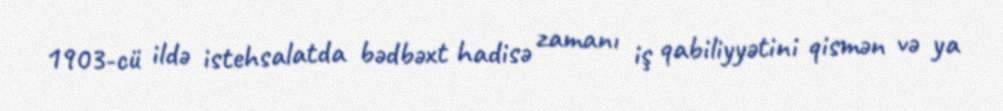
1903-cü ildə istehsalatda bədbəxt hadisə zamanı iş qabiliyyətini qismən və ya